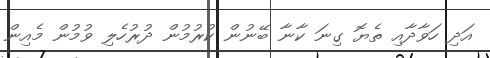
އަދި ހަވާދާއި ތެޔޮ ގިނަ ކާނާ ބޭނުން ކުރުމުން ދުރުހެލި ވުމުން މެއިން